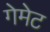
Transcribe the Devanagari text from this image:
गेमेट